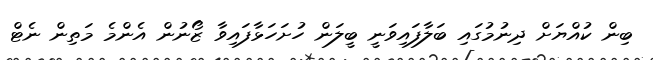
ބިން ކުއްޔަށް ދިނުމުގައި ބަލާފައިވަނީ ބީލަން ހުށަހަޅާފައިވާ ޒޯނުން އެންމެ މަތިން ނެޓް